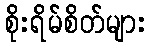
စိုးရိမ်စိတ်များ